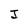
Character: J